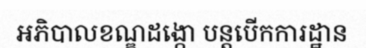
អភិបាលខណ្ឌដង្កោ បន្តបើកការដ្ឋាន